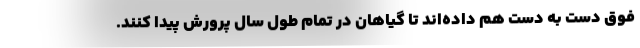
فوق دست به دست هم داده‌اند تا گیاهان در تمام طول سال پرورش پیدا کنند.